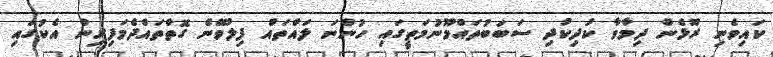
ކައިވެނި ރޫޅެން ދިމާވާ ކުދިކުދި ސަބަބުތައްމޫނުމަތީގައި ހުންނަ ލައްތައް ފިލުވޭނެ ގޮތްތައްދެމަފިރިން އެކުގައި